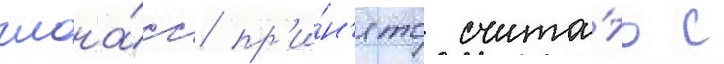
глона́сс пр'и́н'ято счита́ть с